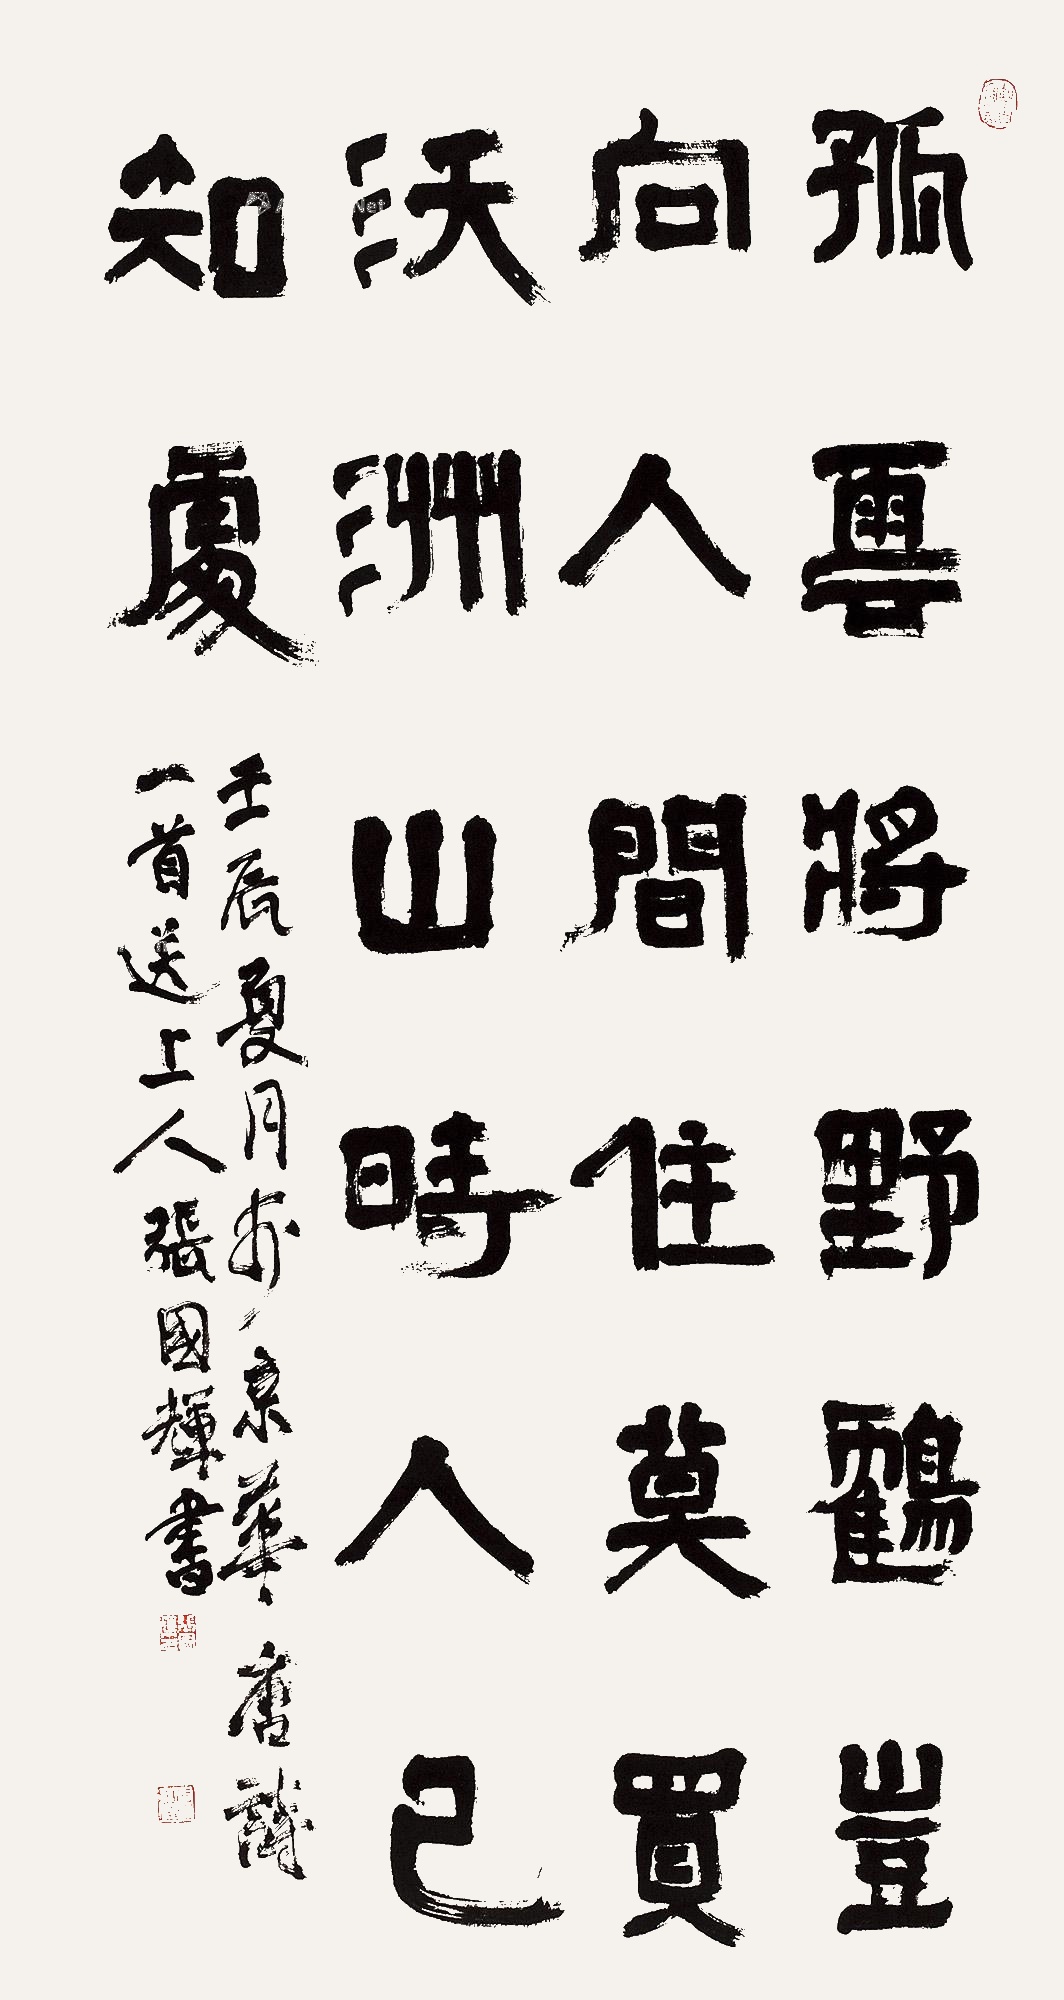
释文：孤云将野鹤，岂向人间住。莫买沃洲山，时人已知处。壬辰夏月于京华，唐诗一首送上人。张国辉书。